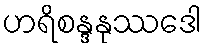
ဟရိစန္ဒနုဿဒေါ